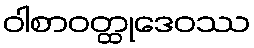
ဝါစာဝတ္ထုဒေဝဿ